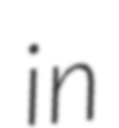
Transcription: in